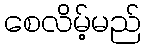
စေလိမ့်မည်